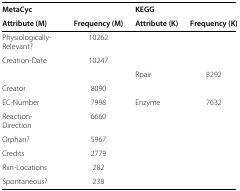
| MetaCyc |  | KEGG |  |
 | Attribute (M) | Frequency (M) | Attribute (K) | Frequency (K) |
 | --- | --- | --- | --- |
 | Physiologically-Relevant? | 10262 |  |  |
 | Creation-Date | 10247 |  |  |
 |  |  | Rpair | 8292 |
 | Creator | 8090 |  |  |
 | EC-Number | 7998 | Enzyme | 7632 |
 | Reaction-Direction | 6660 |  |  |
 | Orphan? | 5967 |  |  |
 | Credits | 2779 |  |  |
 | Rxn-Locations | 282 |  |  |
 | Spontaneous? | 238 |  |  |